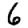
Digit: 6